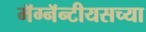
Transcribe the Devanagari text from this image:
मॅग्नॅन्टीयसच्या